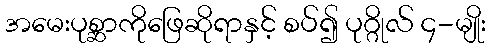
အမေးပုစ္ဆာကိုဖြေဆိုရာနှင့် စပ်၍ ပုဂ္ဂိုလ် ၄-မျိုး